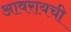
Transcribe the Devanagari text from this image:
आवरायची